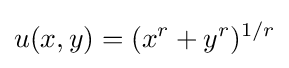
u(x,y)=(x^{r}+y^{r})^{1/r}